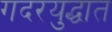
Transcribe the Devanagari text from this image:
गदरयुद्धात